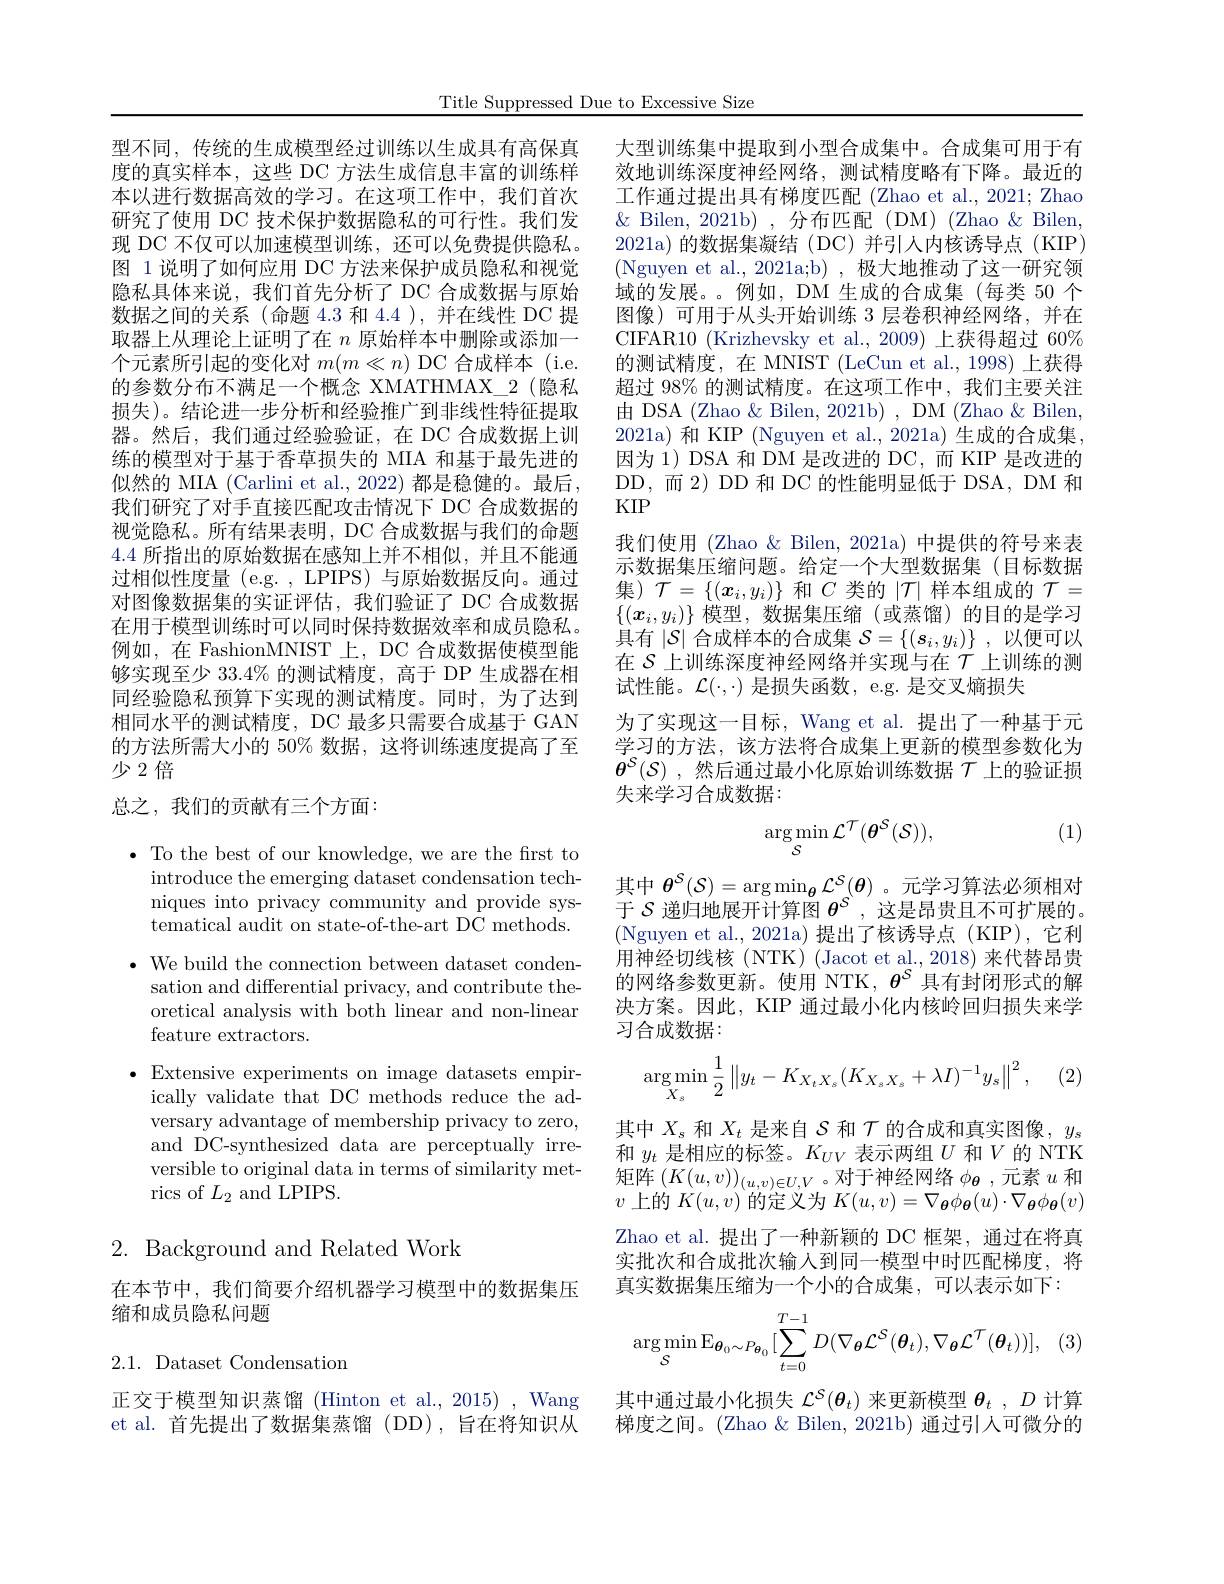
Title Suppressed Due to Excessive Size

型不同，传统的生成模型经过训练以生成具有高保真度的真实样本，这些 DC 方法生成信息丰富的训练样本以进行数据高效的学习。在这项工作中，我们首次研究了使用 DC 技术保护数据隐私的可行性。我们发现 DC 不仅可以加速模型训练，还可以免费提供隐私。图 1 说明了如何应用 DC 方法来保护成员隐私和视觉隐私具体来说，我们首先分析了 DC 合成数据与原始数据之间的关系(命题 4.3 和 4.4 ), 并在线性 DC 提取器上从理论上证明了在$n$原始样本中删除或添加一个元素所引起的变化对$m(m\ll n)$ DC 合成样本 (i.e. 的参数分布不满足一个概念 XMATHMAX\_2(隐私损失)。结论进一步分析和经验推广到非线性特征提取器。然后，我们通过经验验证，在 DC 合成数据上训练的模型对于基于香草损失的 MIA 和基于最先进的似然的 MIA (Carlini et al., 2022) 都是稳健的。最后我们研究了对手直接匹配攻击情况下 DC 合成数据的视觉隐私。所有结果表明，DC 合成数据与我们的命题4.4所指出的原始数据在感知上并不相似，并且不能通过相似性度量 (e.g. , LPIPS) 与原始数据反向。通过对图像数据集的实证评估，我们验证了 DC 合成数据在用于模型训练时可以同时保持数据效率和成员隐私。例如，在 FashionMNIST 上，DC 合成数据使模型能够实现至少 33.4% 的测试精度，高于 DP 生成器在相同经验隐私预算下实现的测试精度。同时，为了达到相同水平的测试精度，DC 最多只需要合成基于 GAN 的方法所需大小的 50% 数据，这将训练速度提高了至少2倍

## 总之，我们的贡献有三个方面：

$\bullet$ To the best of our knowledge, we are the first to
introduce the emerging dataset condensation techniques into privacy community and provide systematical audit on state-of-the-art DC methods.
$\bullet$ We build the connection between dataset condensation and differential privacy, and contribute theoretical analysis with both linear and non-linear feature extractors.
$\bullet$ Extensive experiments on image datasets empir-
ically validate that DC methods reduce the adversary advantage of membership privacy to zero, and DC-synthesized data are perceptually irreversible to original data in terms of similarity metrics of $L_2$ and LPIPS.

## 2. Background and Related Work

在本节中，我们简要介绍机器学习模型中的数据集压
缩和成员隐私问题

2.1. Dataset Condensation

正交于模型知识蒸馏 (Hinton et al., 2015) , Wang et al. 首先提出了数据集蒸馏 (DD), 旨在将知识从

大型训练集中提取到小型合成集中。合成集可用于有效地训练深度神经网络，测试精度略有下降。最近的工作通过提出具有梯度匹配(Zhao et al., 2021; Zhao $\&$ Bilen, 2021b), 分布匹配(DM) (Zhao $\&$ Bilen, 2021a)的数据集凝结(DC)并引人内核诱导点(KIP) (Nguyen et al., 2021a;b) , 极大地推动了这一研究领域的发展。。例如，DM 生成的合成集(每类 50 个图像)可用于从头开始训练 3 层卷积神经网络，并在CIFAR10 (Krizhevsky et al., 2009) 上获得超过 60% 的测试精度，在 MNIST (LeCun et al.,1998)上获得超过 98% 的测试精度。在这项工作中，我们主要关注由 DSA (Zhao $\&$ Bilen, 2021b) , DM (Zhao & Bilen, 2021a)和 KIP (Nguyen et al., 2021a) 生成的合成集， 因为 1) DSA 和 DM 是改进的 DC, 而 KIP 是改进的DD,而 2) DD 和 DC 的性能明显低于 DSA, DM 和KIP
我们使用 (Zhao & Bilen, 2021a) 中提供的符号来表示数据集压缩问题。给定一个大型数据集(目标数据集)$\mathcal{T}=\{(x_i,y_i)\}$和$C$类的$|\mathcal{T}|$样本组成的$\mathcal{T}=$ $\{(\boldsymbol{x}_i,y_i)\}$模型，数据集压缩(或蒸馏)的目的是学习具有$\left|\mathcal{S}\right|$合成样本的合成集 $\mathcal{S}=\left\{(\boldsymbol{s}_i,y_i)\right\}$, 以便可以在$\mathcal{S}$上训练深度神经网络并实现与在$\mathcal{T}$上训练的测试性能。$\mathcal{L}(\cdot,\cdot)$是损失函数，e.g. 是交叉熵损失
为了实现这一目标，Wang et al. 提出了一种基于元学习的方法，该方法将合成集上更新的模型参数化为$\theta^{\mathcal{S}}(\mathcal{S})$ ,然后通过最小化原始训练数据$\mathcal{T}$上的验证损失来学习合成数据：
(1)
$$\arg\min_{\mathcal{S}}\mathcal{L}^{\mathcal{T}}(\boldsymbol{\theta}^{\mathcal{S}}(\mathcal{S})),$$
其中$\theta^{\mathcal{S}}(\mathcal{S})=\arg\min_{\boldsymbol{\theta}}\mathcal{L}^{\mathcal{S}}(\boldsymbol{\theta})$ 。元学习算法必须相对于$\mathcal{S}$递归地展开计算图$\theta^\mathrm{S}$,这是昂贵且不可扩展的。(Nguyen et al.,2021a)提出了核诱导点(KIP),它利用神经切线核(NTK) (Jacot et al., 2018) 来代替昂贵的网络参数更新。使用 NTK, $\theta^\mathrm{S}$具有封闭形式的解决方案。因此，KIP 通过最小化内核岭回归损失来学习合成数据：
$$\arg\min_{X_s}\frac{1}{2}\left\|y_t-K_{X_tX_s}(K_{X_sX_s}+\lambda I)^{-1}y_s\right\|^2,$$
其中$X_s$和$X_t$是来自$\mathcal{S}$和$\mathcal{T}$的合成和真实图像，$y_s$ 和$y_t$是相应的标签。$K_UV$表示两组$U$和$V$的 NTK 矩阵$(K(u,v))_(u,v)\in U,V$ 。对于神经网络$\phi_{\boldsymbol{\theta}}$,元素$u$和$v$上的$K(u,v)$的定义为$K(u,v)=\nabla_{\boldsymbol{\theta}}\phi_{\boldsymbol{\theta}}(u)\cdot\nabla_{\boldsymbol{\theta}}\phi_{\boldsymbol{\theta}}(v)$ Zhao et al. 提出了一种新颖的 DC 框架，通过在将真实批次和合成批次输入到同一模型中时匹配梯度，将真实数据集压缩为一个小的合成集，可以表示如下：
$$\arg\min_{\mathcal{S}}\mathbb{E}_{\boldsymbol{\theta}_0\sim P_{\boldsymbol{\theta}_0}}[\sum_{t=0}^{T-1}D(\nabla_{\boldsymbol{\theta}}\mathcal{L}^{\mathcal{S}}(\boldsymbol{\theta}_t),\nabla_{\boldsymbol{\theta}}\mathcal{L}^{\mathcal{T}}(\boldsymbol{\theta}_t))],$$
其中通过最小化损失$\mathcal{L}^S(\boldsymbol{\theta}_t)$来更新模型$\boldsymbol{\theta}_t,D$计算梯度之间。(Zhao $\&$ Bilen, 2021b) 通过引人可微分的